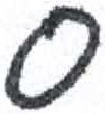
אות: ס